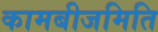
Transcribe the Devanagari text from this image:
कामबीजमिति